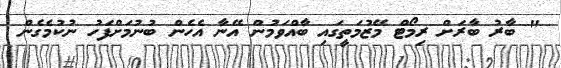
" ބާރު ބާރަށް ރިމޯޓް މޭޒުމަތީގައި ބާއްވަމުން އޭނާ އެހެން ބުނުމަށްފަހު ނުކުމެގެން